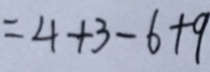
= 4 + 3 - 6 + 9